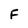
Character: F